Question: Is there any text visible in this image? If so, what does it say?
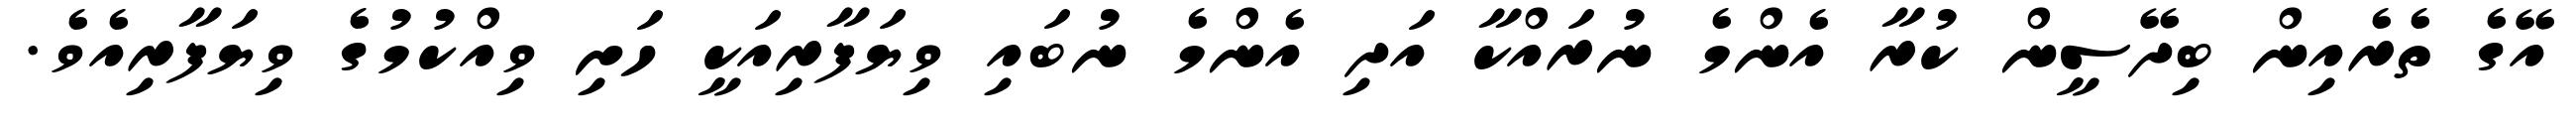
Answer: އޭގެ ތެރެއިން ބިދޭސީން ކުރާ އެންމެ ނުރައްކާ އަދި އެންމެ ނުބައި ވިޔަފާރިއަކީ ހަށި ވިއްކުމުގެ ވިޔަފާރިއެވެ.